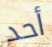
أحد